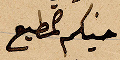
اخيكم المطيع